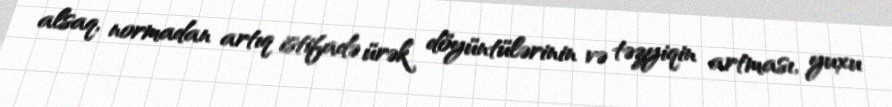
alsaq, normadan artıq istifadə ürək döyüntülərinin və təzyiqin artması, yuxu